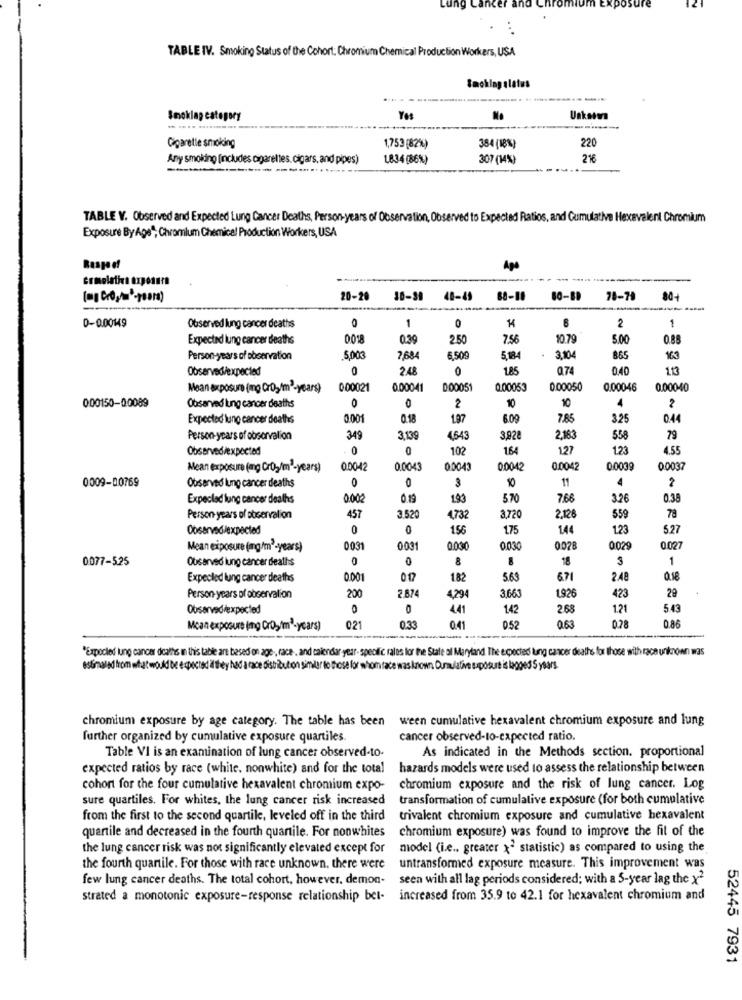
ing
TABLE IV. Smoking Status of the Cohort. Chromium Chemical Production Workers, USA
Smoking alatus
----
---
Imokla
Yo
Unkatw
Cigarette smoking
1,753 (82%)
384 (8%)
220
Any smoking [includes cigarettes. cigars. and pipes)
1.834(86%)
307 (14%)
216
TABLE V. Observed and Expected Lung Cancer Deaths, Person-years of Observation, Observed to Expected Ratios, and Cumulative Hexavalent Chromium
Exposure By Age", Chromlum Chemical Production Workers, USA
20-20
30-39
40-49
88-11
78-74
80+
0-0.00149
2
1
Observed lung cancer deaths
1
Expected lung cancer deaths
0.39
2.50
756
10 79
5.00
0.88
Person-years of observation
5,00
7,68
6.509
5.184
3.104
865
163
Observed/expected
0
2.48
0
1.85
Q74
0.40
113
Mean exposure (mg Cr05/m2-years)
000021
0.00041
D.00051
0.00053
0.00050
0.00046
0.00040
10
4
000150-20089
Observed lung cancer deaths
0
0
2
10
2
Expected lung cancer deaths
0.001
0.18
1.97
6.09
7.85
3.25
044
Person years of observation
349
3,139
4,543
3,92
2,183
558
79
Observed/expected
0
0
102
1.64
127
1.23
4.55
Mean exposure (mg Cr02/m2-years)
00042
0.0043
0004
00042
0.004
00039
00037
0009-00769
0
3
11
4
2
Observed lung cancer deaths
0
Expected lung cancer deaths
0.002
0.19
1.93
5 70
766
3.26
0.38
78
Person years of observation
457
3.520
4732
3,720
2.126
559
Observed/expected
0
0
156
1.75
1.44
1.23
5.27
Mean exposure (mg/m2-years)
0031
0031
0.030
0.03
0028
0029
0.027
0077-525
Observed lung cancer deaths
0
0
&
18
3
1
8
Expected lung cancer deaths
0.001
017
182
569
671
2.48
0.18
29
Person years of observation
200
2.874
4,294
3,66
1.926
423
Observed/expected
0
441
1.42
268
1.21
5.43
Moan exposure (mg Cr05/m2-years)
021
0.33
041
052
0.63
028
0.86
"Expected lung cancer deaths in this table are based on age, race, and calendar-year- specific ralos lor the State al Maryland The expected lung cancer deaths for those with race unknown was
estinaled from what would be expected if they had a race distribution similar to those for whom face was known. Cumulative suposurt is lagged 5 years.
chromium exposure by age category. The table has been ween cumulative hexavalent chromium exposure and lung
further organized by cumulative exposure quartiles
cancer observed-to-expected ratio.
As indicated in the Methods section. proportional
Table VI is an examination of lung cancer observed-to-
expected ratios by race (white. nonwhite) and for the total
hazards models were used to assess the relationship between
cohort for the four cumulative hexavalent chromium expo-
chromium exposure and the risk of lung cancer. Log
sure quartiles. For whites, the lung cancer risk increased
transformation of cumulative exposure (for both cumulative
from the first to the second quartile, leveled off in the third
trivalent chromium exposure and cumulative hexavalent
quantile and decreased in the fourth quantile. For nonwhites
chromium exposure) was found to improve the fit of the
the lung cancer risk was not significantly elevated except for
model (i.e ., greater >" statistic) as compared to using the
the fourth quantile. For those with race unknown, there were
untransformed exposure measure. This improvement was
few lung cancer deaths. The total cohort, however, demon-
seen with all lag periods considered; with a S-year lag the x2
strated a monotonic exposure-response relationship bet- increased from 35.9 to 42.1 for hexavalent chromium and
52445 7931